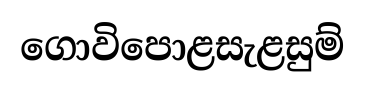
ගොවිපොළසැළසුම්